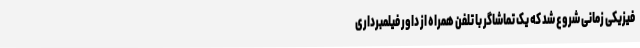
فیزیکی زمانی شروع شد که یک تماشاگر با تلفن همراه از داور فیلمبرداری